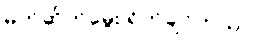
မုတ်ဆိတ်မွေး ရိတ်ချင်တယ်။